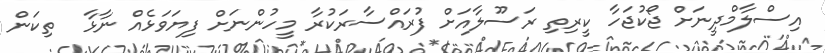
އިސްލާމްދީނަށް ޖޯކުޖަހާ ކީރިތި ރަސޫލާއަށް ފުރައްސާރަކުރާ މީހުންނަށް ފިޔަވަޅެއް ނާޅާ  ތިކަން